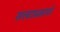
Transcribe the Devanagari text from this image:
सत्त्वाप्रमाणे